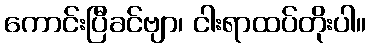
ကောင်းပြီခင်ဗျာ၊ ငါးရာထပ်တိုးပါ။